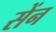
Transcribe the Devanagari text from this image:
सेंन